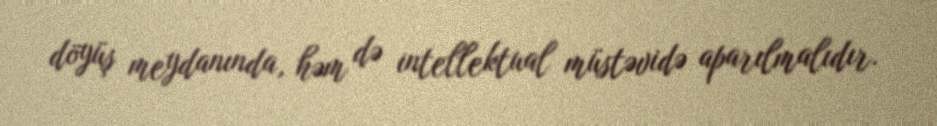
döyüş meydanında, həm də intellektual müstəvidə aparılmalıdır.